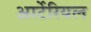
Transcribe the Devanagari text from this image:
आर्टेरियल